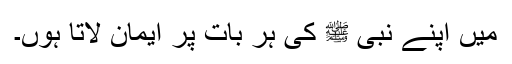
میں اپنے نبی ﷺ کی ہر بات پر ایمان لاتا ہوں۔